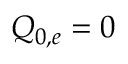
Q _ { 0 , e } = 0